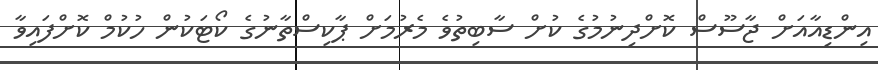
އިންޑިއާއަށް ޖާސޫސް ކޮށްދިނުމުގެ ކުށް ސާބިތުވެ މެރުމަށް ޕާކިސްތާނުގެ ކޯޓަކުން ހުކުމް ކޮށްފައިވާ